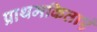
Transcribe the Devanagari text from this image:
प्राथमकिताएं